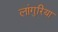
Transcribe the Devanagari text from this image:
लांगुरिया